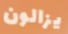
يزالون